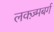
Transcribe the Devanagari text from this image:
लक्ज़्मबर्ग